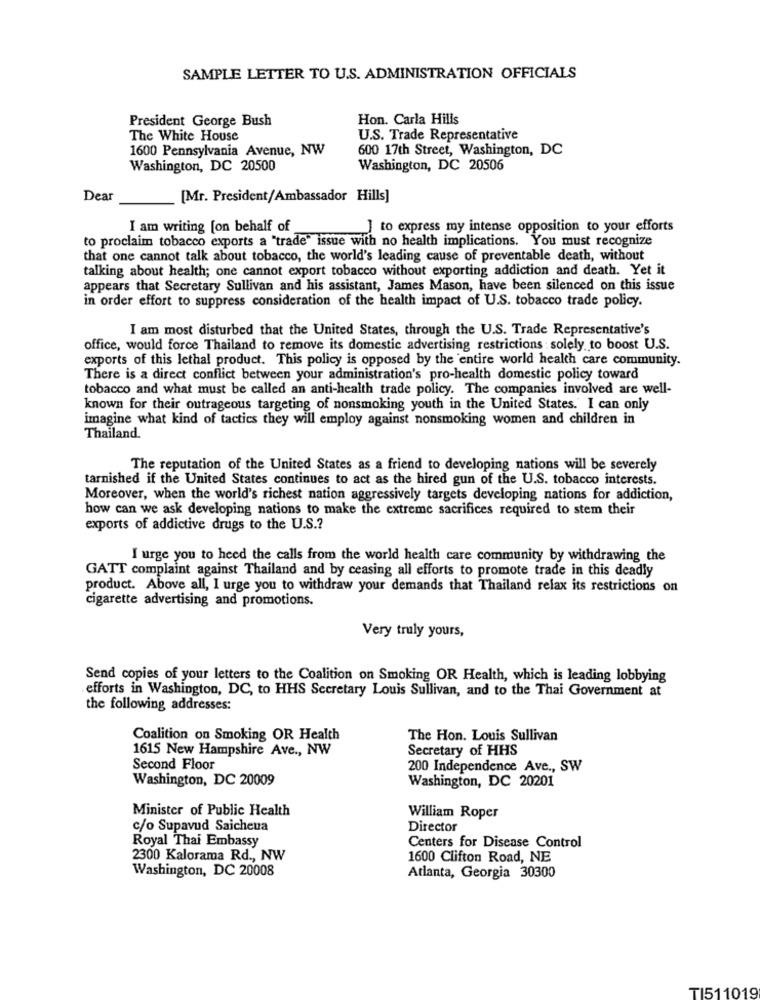
SAMPLE LETTER TO U.S. ADMINISTRATION OFFICIALS
President George Bush
Hon. Carla Hills
The White House
U.S. Trade Representative
1600 Pennsylvania Avenue, NW
600 17th Street, Washington, DC
Washington, DC 20500
Washington, DC 20506
Dear
[Mr. President/Ambassador Hills]
I am writing [on behalf of
] to express my intense opposition to your efforts
to proclaim tobacco exports a "trade" issue with no health implications. You must recognize
that one cannot talk about tobacco, the world's leading cause of preventable death, without
talking about health; one cannot export tobacco without exporting addiction and death. Yet it
appears that Secretary Sullivan and his assistant, James Mason, have been silenced on this issue
in order effort to suppress consideration of the health impact of U.S. tobacco trade policy.
I am most disturbed that the United States, through the U.S. Trade Representative's
office, would force Thailand to remove its domestic advertising restrictions : solely to boost U.S.
exports of this lethal product. This policy is opposed by the entire world health care community.
There is a direct conflict between your administration's pro-health domestic policy toward
tobacco and what must be called an anti-health trade policy. The companies involved are well-
known for their outrageous targeting of nonsmoking youth in the United States. I can only
imagine what kind of tactics they will employ against nonsmoking women and children in
Thailand
The reputation of the United States as a friend to developing nations will be severely
tarnished if the United States continues to act as the hired gun of the U.S. tobacco interests.
Moreover, when the world's richest nation aggressively targets developing nations for addiction,
how can we ask developing nations to make the extreme sacrifices required to stem their
exports of addictive drugs to the U.S .?
I urge you to heed the calls from the world health care community by withdrawing the
GATT complaint against Thailand and by ceasing all efforts to promote trade in this deadly
product. Above all, I urge you to withdraw your demands that Thailand relax its restrictions on
cigarette advertising and promotions.
Very truly yours,
Send copies of your letters to the Coalition on Smoking OR Health, which is leading lobbying
efforts in Washington, DC, to HHS Secretary Louis Sullivan, and to the Thai Government at
the following addresses:
Coalition on Smoking OR Health
The Hon. Louis Sullivan
1615 New Hampshire Ave ., NW
Secretary of HHS
Second Floor
200 Independence Ave ., SW
Washington, DC 20009
Washington, DC 20201
Minister of Public Health
William Roper
c/o Supavud Saicheua
Director
Royal Thai Embassy
Centers for Disease Control
2300 Kalorama Rd ., NW
1600 Clifton Road, NE
Washington, DC 20008
Atlanta, Georgia 30300
TI511019